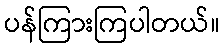
ပန်ကြားကြပါတယ်။